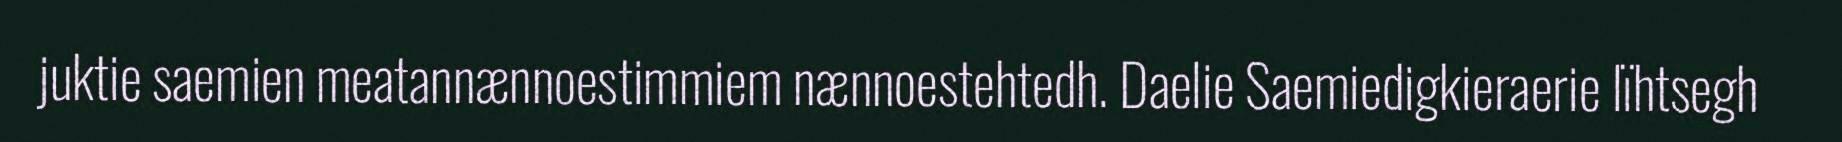
juktie saemien meatannænnoestimmiem nænnoestehtedh. Daelie Saemiedigkieraerie lïhtsegh